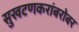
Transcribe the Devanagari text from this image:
सुखटणकरांबरोबर